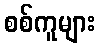
စစ်ကူများ